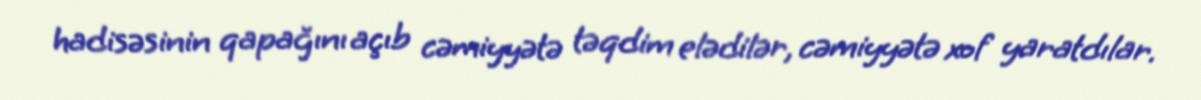
hadisəsinin qapağını açıb cəmiyyətə təqdim elədilər, cəmiyyətə xof yaratdılar.